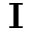
\mathbf { I }